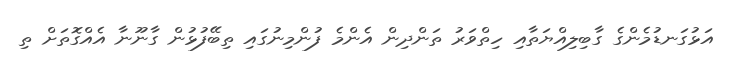
އަޅުގަނޑުމެންގެ ގާބިލިއްޔަތާއި ހިތްވަރު ތަންދިން އެންމެ ފުންމިނުގައި ތިބޭފުޅުން ގާނޫނާ އެއްގޮތަށް ތި